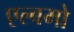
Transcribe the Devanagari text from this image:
एल्बमो